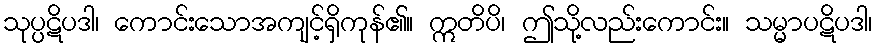
သုပ္ပဋိပဒါ၊ ကောင်းသောအကျင့်ရှိကုန်၏။ ဣတိပိ၊ ဤသို့လည်းကောင်း။ သမ္မာပဋိပဒါ၊